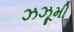
ઝઝૂમી